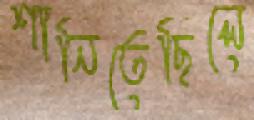
শানিতেছিলে